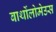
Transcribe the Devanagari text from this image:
बार्थोलोमेउस